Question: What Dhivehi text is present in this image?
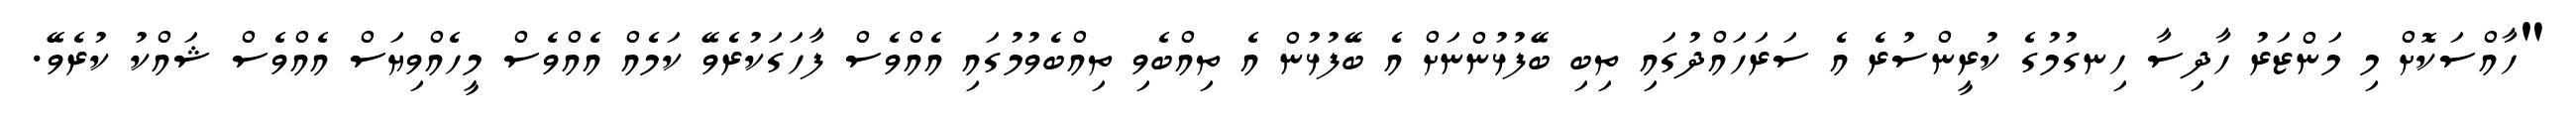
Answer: "ހާއްސަކޮށް މި މަންޒަރު ހާދިސާ ހިނގުމުގެ ކުރީންސުރެ އެ ސަރަހައްދުގައި ތިބި ބޭފުޅުންނަށް އެ ބޭފުޅުން އެ ތިއްބެވި ތިއްބެވުމުގައި އެއްވެސް ފާހަގަކުރެވޭ ކަމެއް އެއްވެސް މީހެއްވިޔަސް އެއްވެސް ޝައްކު ކުރެވޭ.